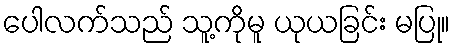
ပေါလက်သည် သူ့ကိုမူ ယုယခြင်း မပြု။